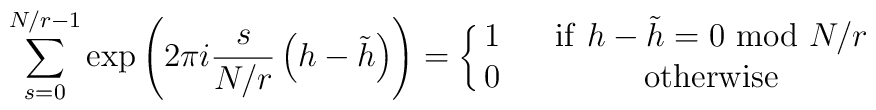
\sum_{s=0}^{N/r-1}\exp\left( 2\pi i\frac{s}{N/r}\left(h-\tilde h\right)\right)=\left\{ \matrix{ 1&~~{\rm if~}h-\tilde h=0~{\rm mod}~N/r\cr 0&~~{\rm otherwise} }\right.